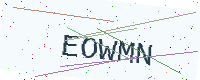
Text: EOWMN